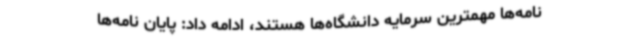
نامه‌ها مهمترین سرمایه دانشگاه‌ها هستند، ادامه داد: پایان نامه‌ها